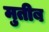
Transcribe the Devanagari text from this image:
मुतीब